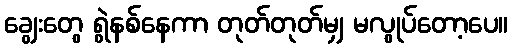
ချွေးတွေ ရွဲနစ်နေကာ တုတ်တုတ်မျှ မလွုပ်တော့ပေ။